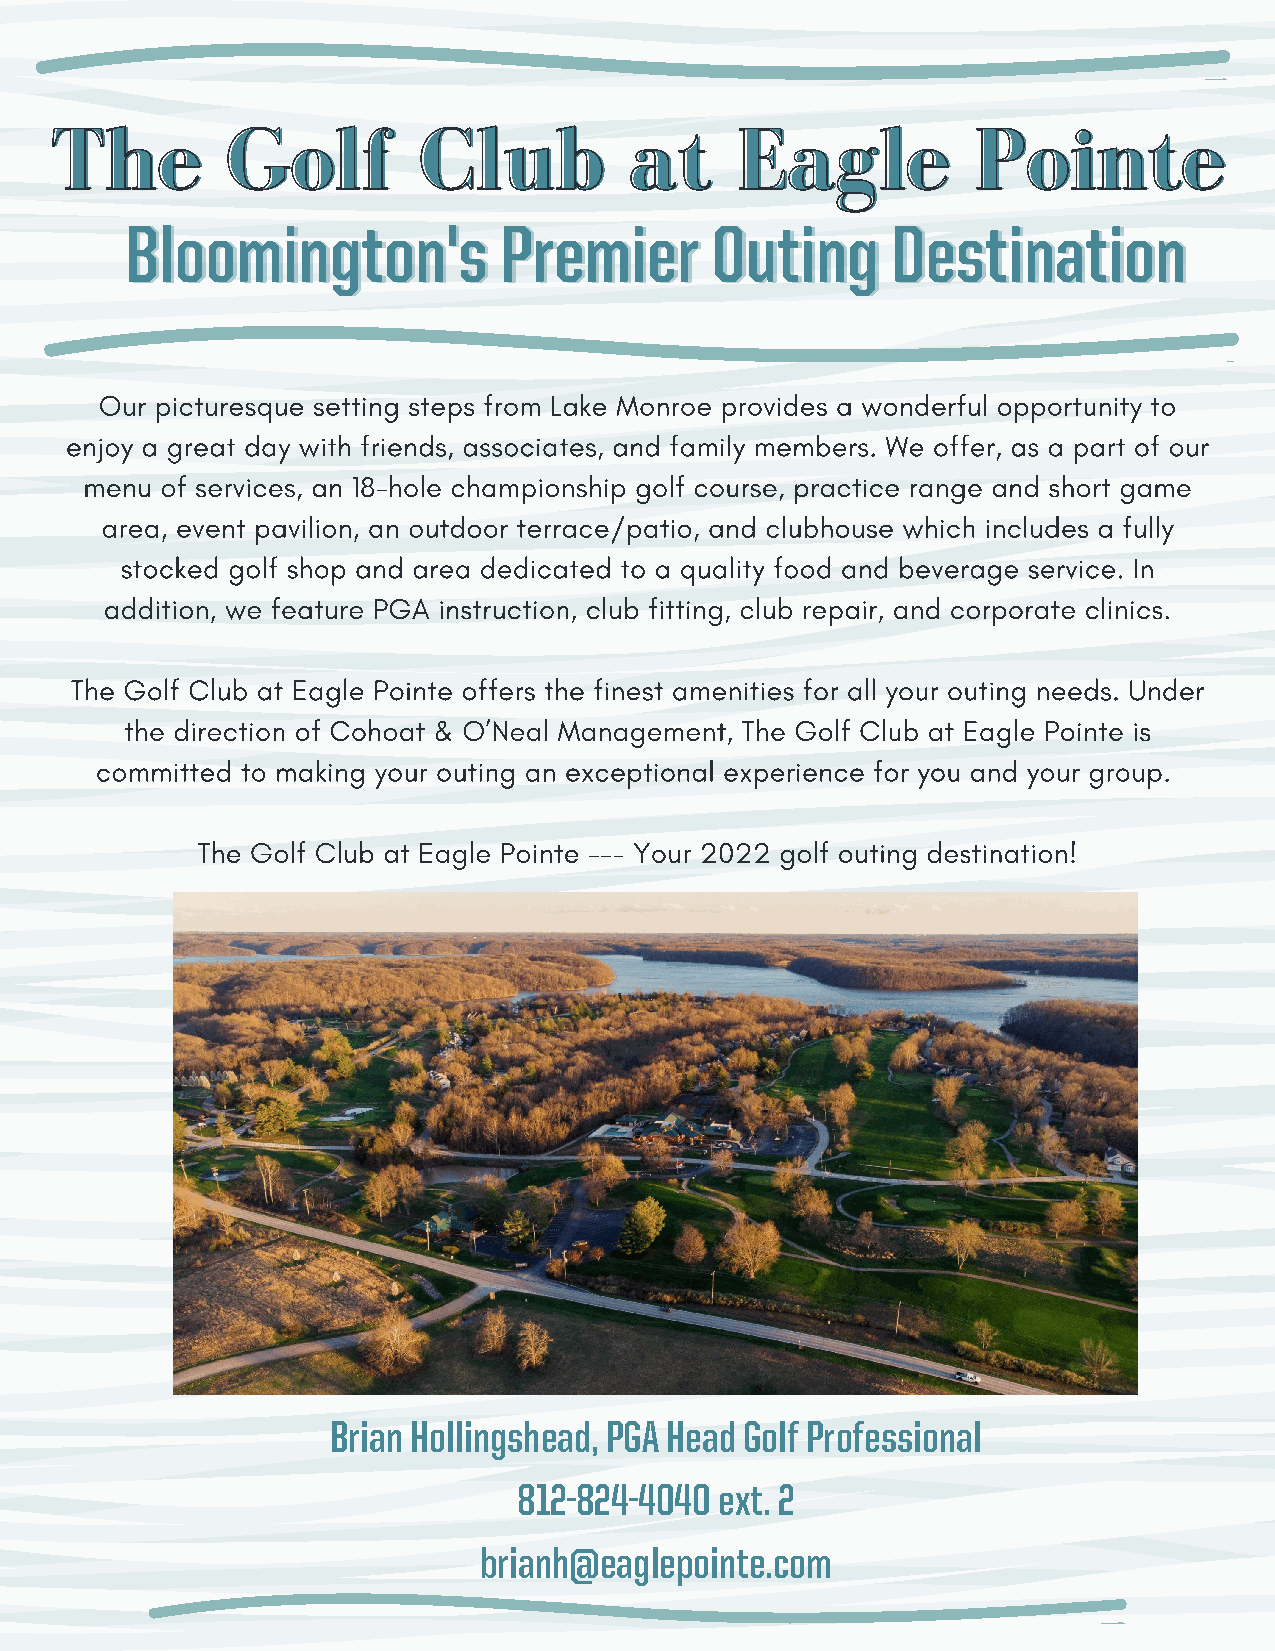
TThhee      GGoollff     CClluubb      aatt   EEaaggllee     PPooiinnttee
 BBlloooommiinnggttoonn''ss PPrreemmiieerr OOuuttiinngg DDeessttiinnaattiioonn
 Our picturesque setting steps from Lake Monroe provides a wonderful opportunity to
 enjoy a great day with friends, associates, and family members. We offer, as a part of our
 menu of services, an 18-hole championship golf course, practice range and short game
 area, event pavilion, an outdoor terrace/patio, and clubhouse which includes a fully
 stocked golf shop and area dedicated to a quality food and beverage service. In
 addition, we feature PGA instruction, club fitting, club repair, and corporate clinics.
 The Golf Club at Eagle Pointe offers the finest amenities for all your outing needs. Under
 the direction of Cohoat & O’Neal Management, The Golf Club at Eagle Pointe is
 committed to making your outing an exceptional experience for you and your group.
 The Golf Club at Eagle Pointe --- Your 2022 golf outing destination!
 Brian Hollingshead, PGA Head Golf Professional
 812-824-4040  ext. 2
 brianh@eaglepointe.com